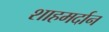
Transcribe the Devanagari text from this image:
शाहमर्दान